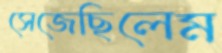
সেজেছিলেম